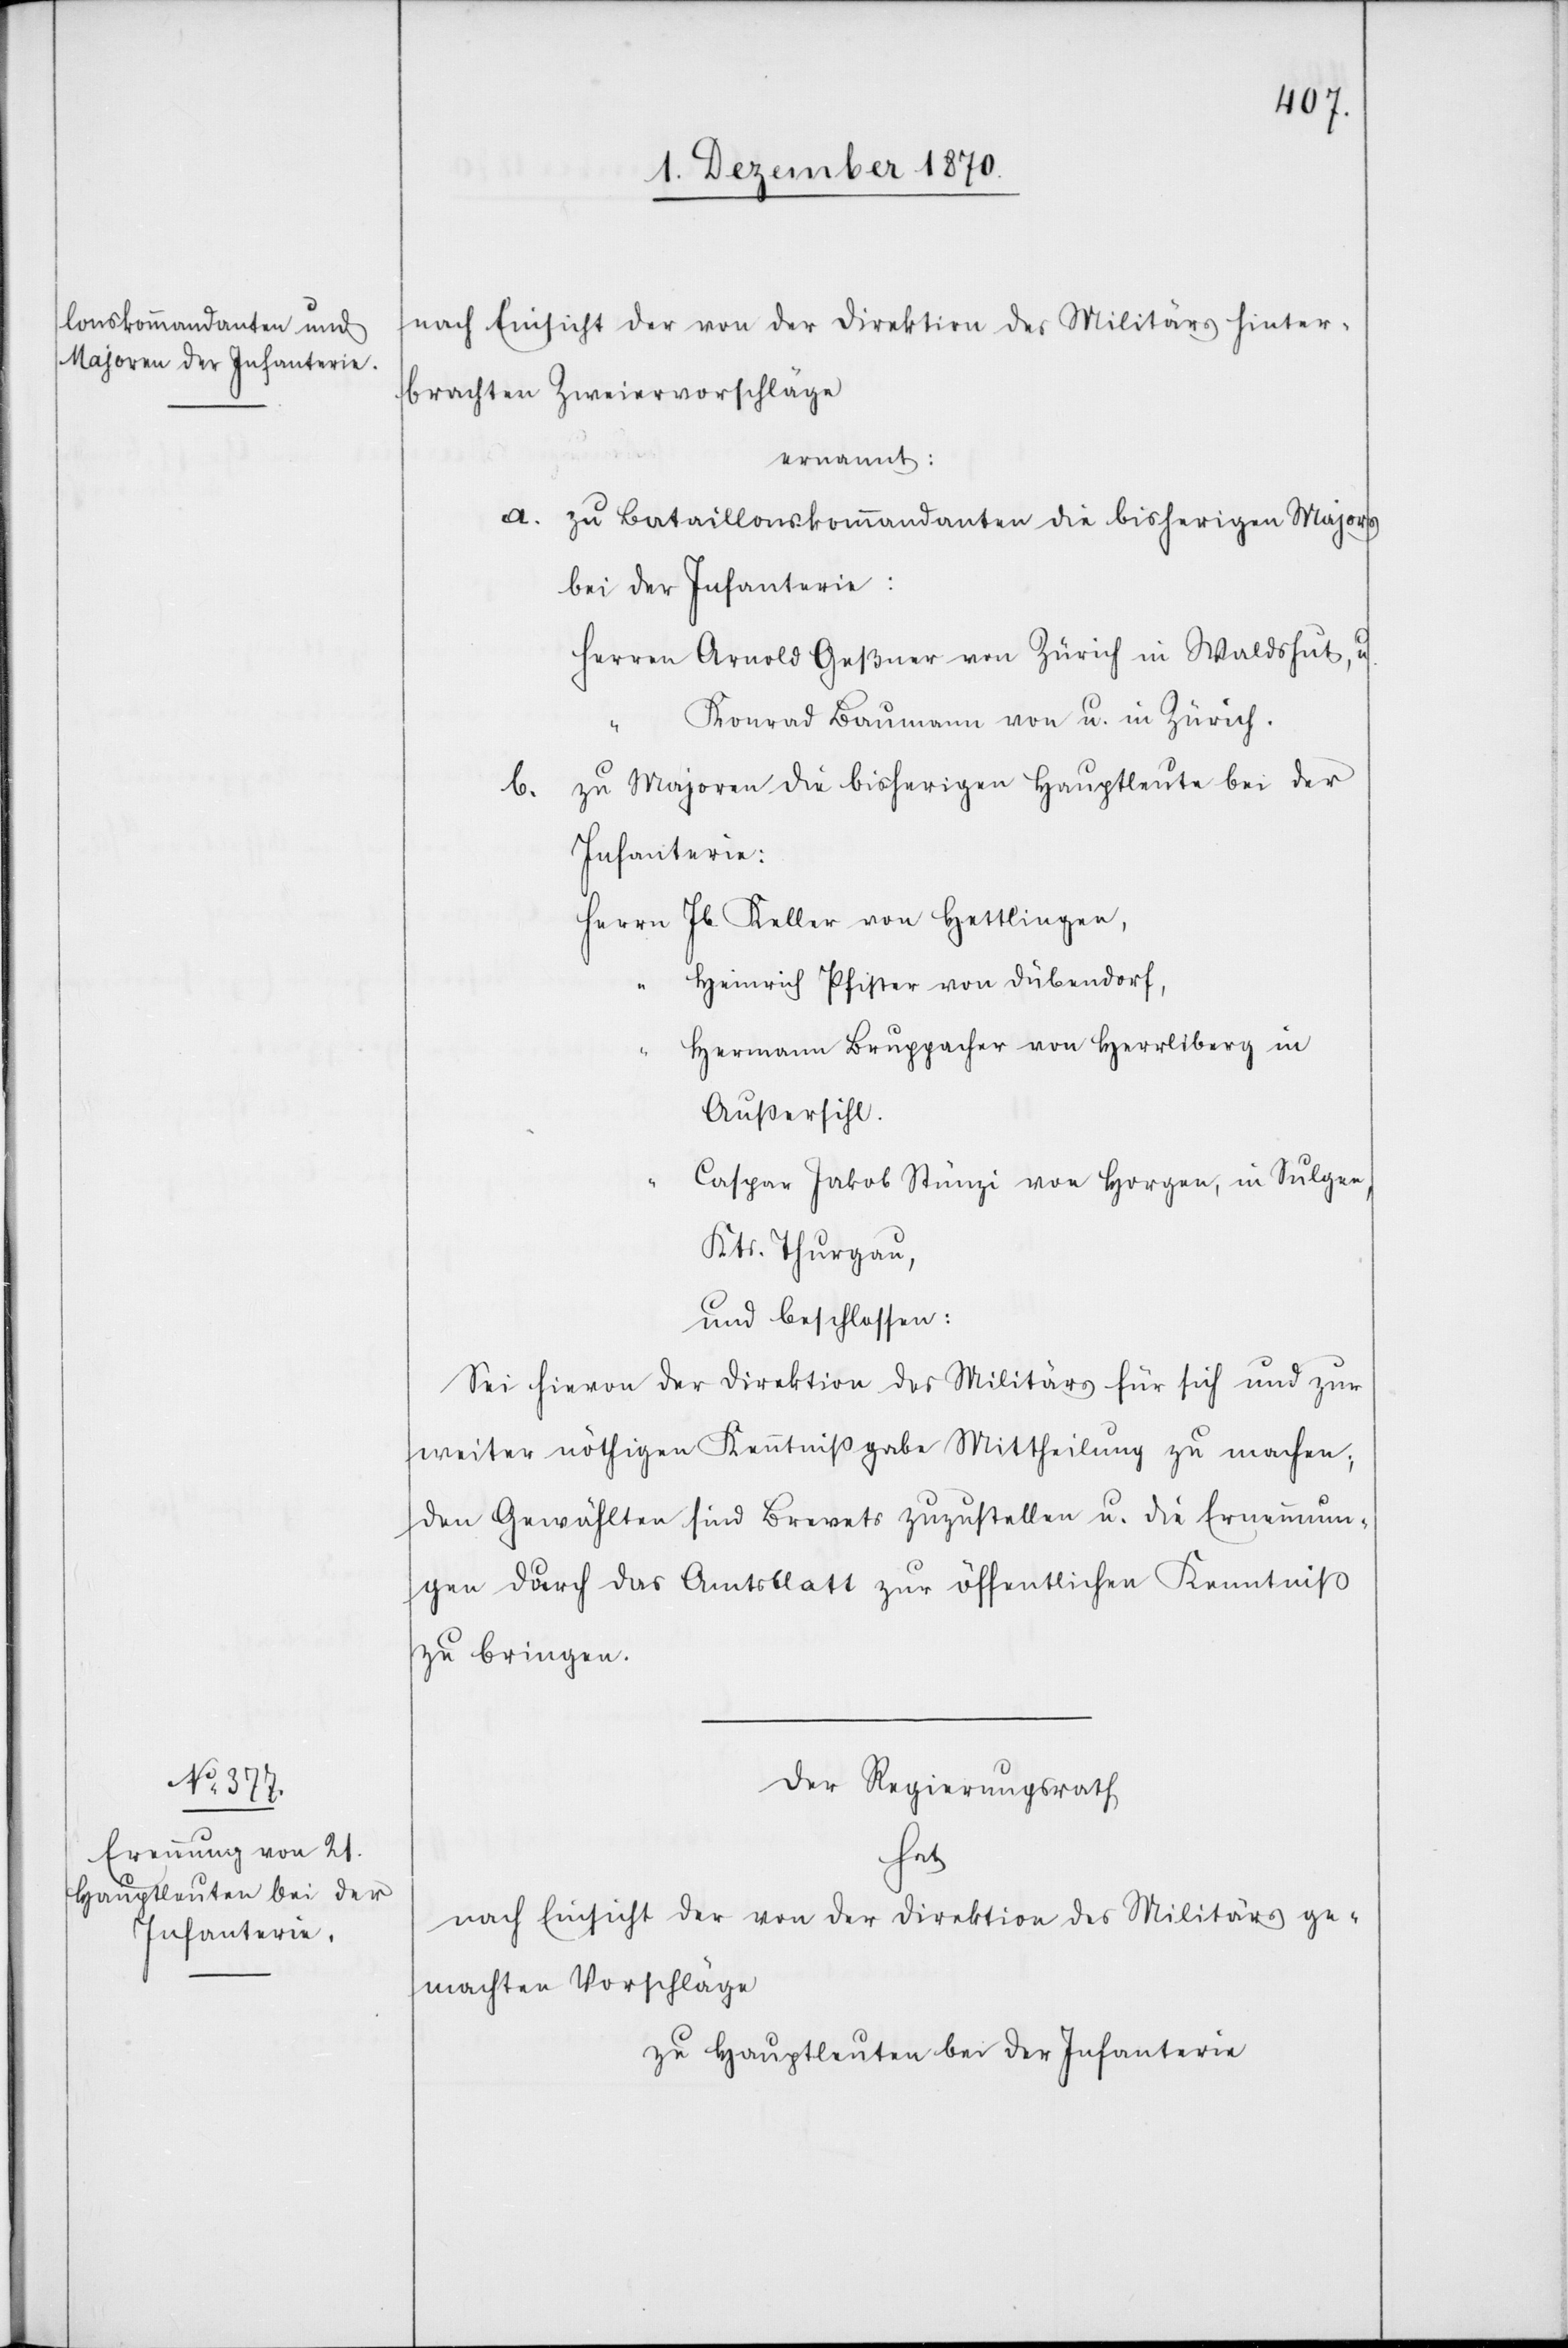
nach Einsicht der von der Direktion des Militärs hinter¬
brachten Zweiervorschläge
ernannt:
a. zu Bataillonskommandanten die bisherigen Majors
bei der Infanterie:
Herren Arnold Geßner von Zürich in Waldshut, u.
Konrad Baumann von u. in Zürich.
b. zu Majoren die bisherigen Hauptleute bei der
Infanterie:
Herrn Jb. Keller von Hettlingen,
Heinrich Pfister von Dübendorf,
Hermann Bruppacher von Herrliberg in
Außersihl.
Caspar Jakob Stünzi von Horgen, in Sulgen,
Kts. Thurgau,
und beschlossen:
Sei hievon der Direktion des Militärs für sich und zur
weiter nöthigen Kenntnißgabe Mittheilung zu machen;
den Gewählten sind Brevets zuzustellen u. die Ernennun¬
gen durch das Amtsblatt zur öffentlichen Kenntniß
zu bringen.
Der Regierungsrath
hat
nach Einsicht der von der Direktion des Militärs ge¬
machten Vorschläge
zu Hauptleuten bei der Infanterie